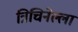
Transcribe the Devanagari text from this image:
त्रिचिनेल्ला